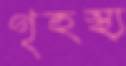
গৃহস্থ্য